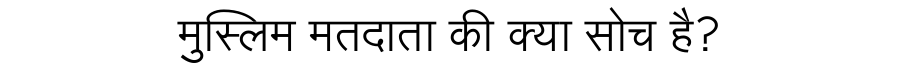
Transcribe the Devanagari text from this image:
मुस्लिम मतदाता की क्या सोच है?